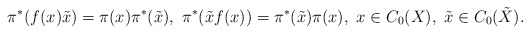
\begin{align*}\pi^*(f(x)\tilde{x})= \pi(x)\pi^*(\tilde{x}), \ \pi^*(\tilde{x} f(x))=\pi^*(\tilde{x}) \pi(x), \ x\in C_0(X), \ \tilde{x} \in C_0(\tilde{X}).\end{align*}